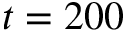
t = 2 0 0